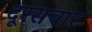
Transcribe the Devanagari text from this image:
दूरसचांर